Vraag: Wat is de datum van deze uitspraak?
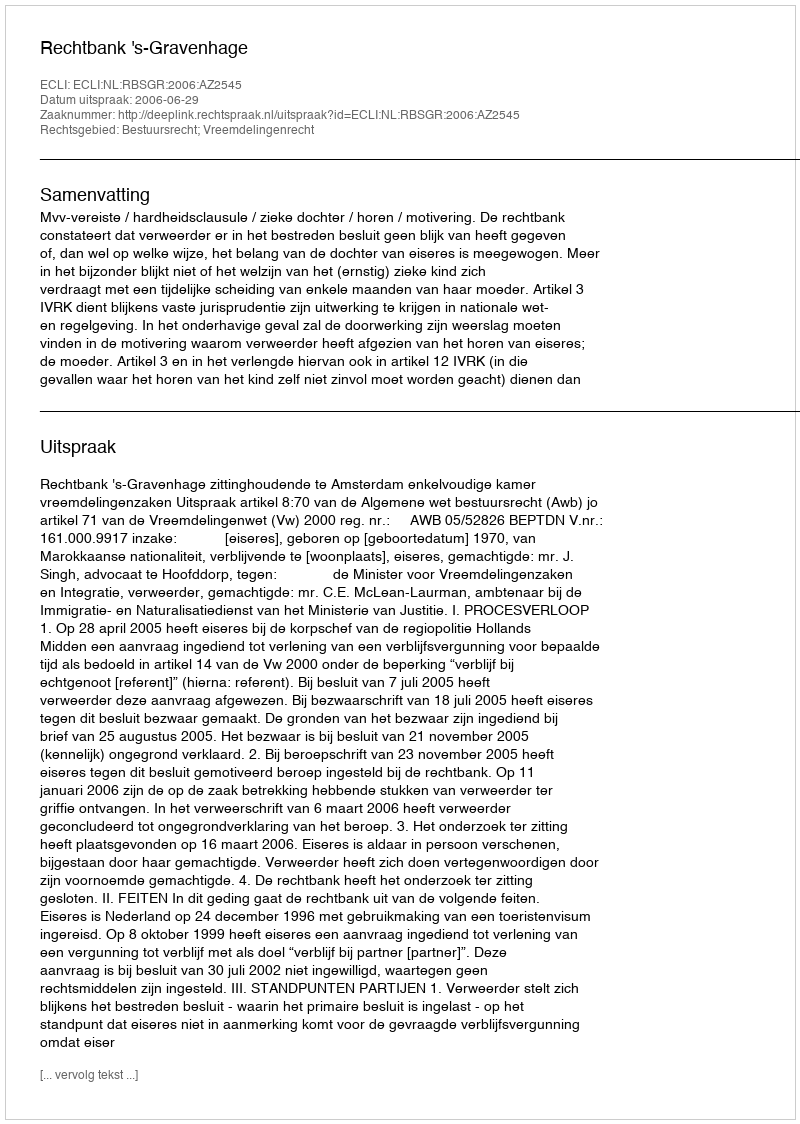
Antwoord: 2006-06-29